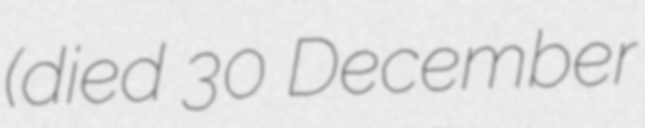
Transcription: (died 30 December